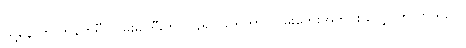
ထို့နောက် ကွန်ကရီ လမ်းမကြီးကို ပြန်၍ ဖြတ်ကာ လမ်းဘေးအတိုင်း လျှောက်လာသည်။